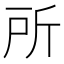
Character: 所